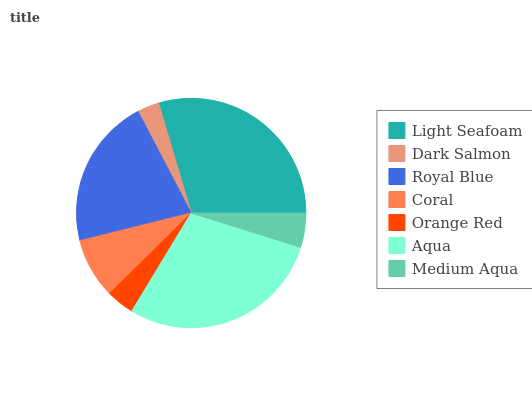
| Light Seafoam | Dark Salmon | Royal Blue | Coral | Orange Red | Aqua | Medium Aqua |
 | --- | --- | --- | --- | --- | --- | --- |
 | 29.6% | 3.09% | 21.2% | 8.5% | 3.95% | 28.8% | 4.83% |